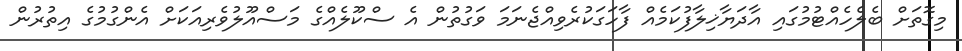
މިގޮތަށް ބެލެހެއްޓުމުގައި އާދަޔާޚިލާފުކަމެއް ފާހަގަކުރެވިއްޖެނަމަ ވަގުތުން އެ ސްކޫލެއްގެ މަސްއޫލުވެރިއަކަށް އެންގުމުގެ އިތުރުން